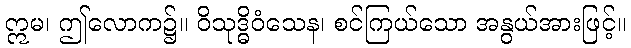
ဣမ၊ ဤလောက၌။ ဝိသုဒ္ဓိဝံသေန၊ စင်ကြယ်သော အနွယ်အားဖြင့်။